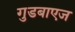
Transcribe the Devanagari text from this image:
गुडबाएज